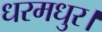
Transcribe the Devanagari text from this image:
धरमधुर।